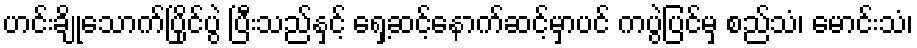
ဟင်းချိုသောက်ပြိုင်ပွဲ ပြီးသည်နှင့် ရှေ့ဆင့်နောက်ဆင့်မှာပင် ကပွဲပြင်မှ စည်သံ၊ မောင်းသံ၊